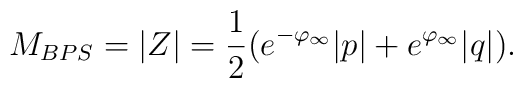
M_{BPS}=|Z|={1\over 2}(e^{-\varphi_{\infty}}|p|+e^{\varphi_{\infty}}|q|).